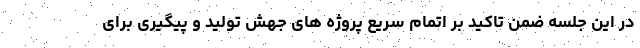
در این جلسه ضمن تاکید بر اتمام سریع پروژه های جهش تولید و پیگیری برای